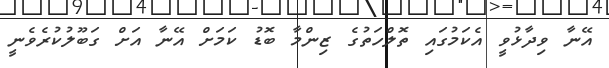
އޭނާ ވިދާޅުވީ އެކަމުގައި ތޮލްހަތުގެ ޒިންމާ ބޮޑު ކަމަށް އޭނާ އަށް ގަބޫލުކުރެވެނީ